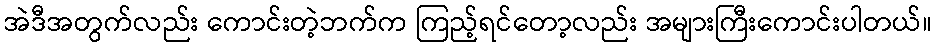
အဲဒီအတွက်လည်း ကောင်းတဲ့ဘက်က ကြည့်ရင်တော့လည်း အများကြီးကောင်းပါတယ်။